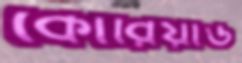
কোরিয়াড